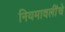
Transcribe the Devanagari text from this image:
नियमावलींचे